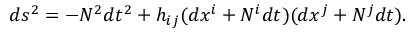
d s ^ { 2 } = - N ^ { 2 } d t ^ { 2 } + h _ { i j } ( d x ^ { i } + N ^ { i } d t ) ( d x ^ { j } + N ^ { j } d t ) .